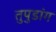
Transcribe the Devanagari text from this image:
तुपुडांग